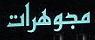
مجوهرات